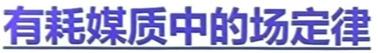
有耗媒质中的场定律